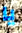
يا